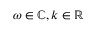
\omega \in \mathbb { C } , k \in \mathbb { R }